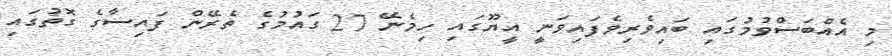
މި އެއްބަސްވުމުގައި ބައިވެރިވެފައިވަނީ އީޔޫގައި ހިމެނޭ 27 ގައުމުގެ ތެރޭން ފައިސާގެ ގޮތުގައި